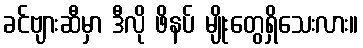
ခင်ဗျားဆီမှာ ဒီလို ဖိနပ် မျိုးတွေရှိသေးလား။